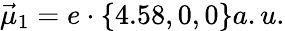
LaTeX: \vec{\mu}_{1}=e\cdot\{ 4.58,0,0\} a.u.